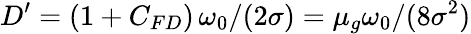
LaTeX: D^{\prime}=(1+C_{FD})\, \omega_{0}/(2\sigma)=\mu_{g}\omega_{0}/(8\sigma^{2})